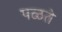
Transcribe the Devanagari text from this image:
पळते